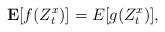
LaTeX: \begin{align*}\mathbf{E} [ f(Z^x_t) ]= E[g(Z^x_t)],\end{align*}